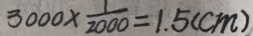
3 0 0 0 \times \frac { 1 } { 2 0 0 0 } = 1 . 5 ( c m )